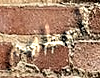
أعطهم